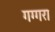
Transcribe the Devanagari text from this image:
गग्गरा